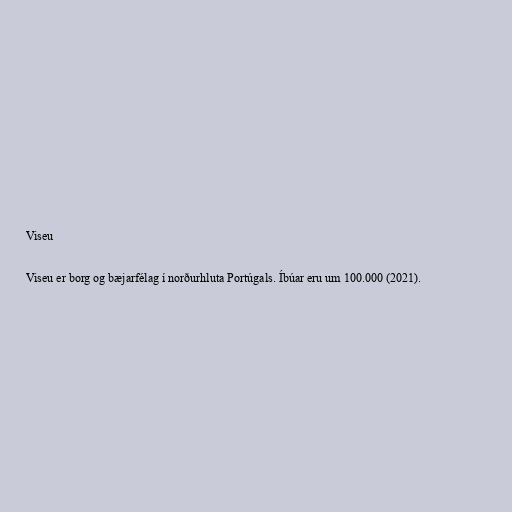
Viseu

Viseu er borg og bæjarfélag í norðurhluta Portúgals. Íbúar eru um 100.000 (2021).